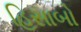
હિસાબો